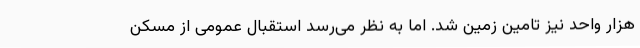
هزار واحد نیز تامین زمین شد. اما به نظر می‌رسد استقبال عمومی از مسکن